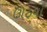
ઊઠયો